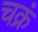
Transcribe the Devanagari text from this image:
चक्रं